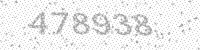
Solution: 478938